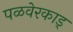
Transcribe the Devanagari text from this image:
पळवेरकाड्